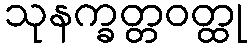
သုနက္ခတ္တဝတ္ထု